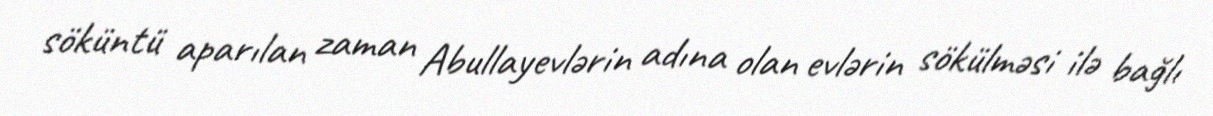
söküntü aparılan zaman Abullayevlərin adına olan evlərin sökülməsi ilə bağlı